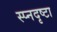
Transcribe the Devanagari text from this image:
स्प्नदृष्टा